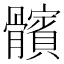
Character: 髕